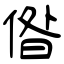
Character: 偺